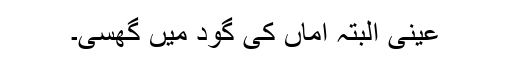
عینی البتہ اماں کی گود میں گھسی۔